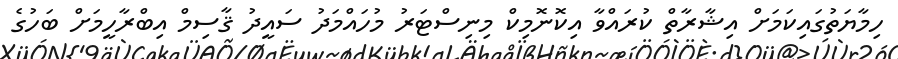
ހިމާޔަތުގައިކަމަށް އިޝާރާތް ކުރައްވާ އިކޮނޮމިކް މިނިސްޓަރު މުހައްމަދު ސައީދު ޤާސިމް އިބްރާހީމަށް ބަހުގެ